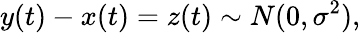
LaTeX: y(t)-x(t)=z(t)\sim N(0,\sigma^{2}),